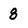
Character: 8